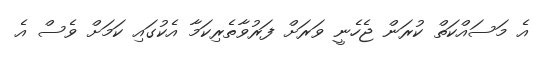
އެ މަސައްކަތް ކުރަން ޖެހެނީ ވަރަށް ފަރުވާތެރިކަމާ އެކުގައި ކަމަށް ވެސް އެ